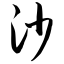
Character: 沙